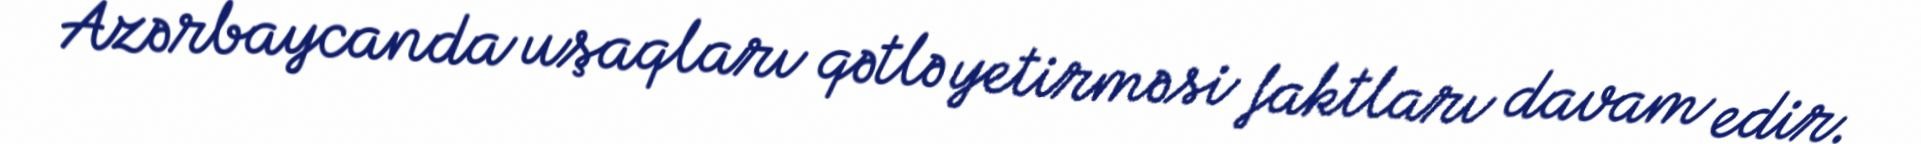
Azərbaycanda uşaqları qətlə yetirməsi faktları davam edir.